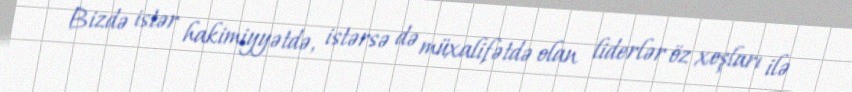
Bizdə istər hakimiyyətdə, istərsə də müxalifətdə olan liderlər öz xoşları ilə